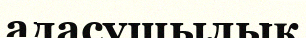
адасушылық